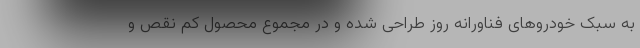
به سبک خودروهای فناورانه روز طراحی شده و در مجموع محصول کم نقص و